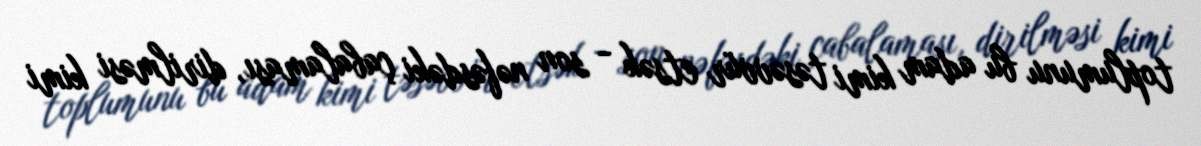
toplumunu bu adam kimi təsəvvür etsək - son nəfəsdəki çabalaması, dirilməsi kimi